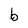
Character: b